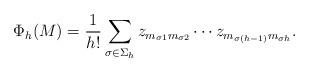
LaTeX: \begin{align*}\Phi_h(M) = \frac1{h!} \sum_{\sigma\in\Sigma_h} z_{m_{\sigma1}m_{\sigma2}} \cdots z_{m_{\sigma(h-1)}m_{\sigma h}}.\end{align*}